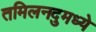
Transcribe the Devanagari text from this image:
तमिलनदुमध्ये